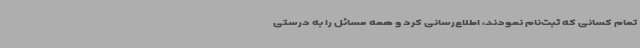
تمام کسانی که ثبت‌نام نمودند، اطلاع‌رسانی کرد و همه مسائل را به درستی